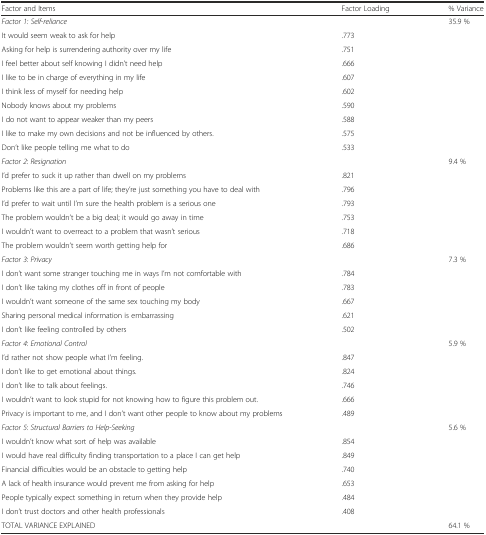
<table><thead><tr><td><b>Factor and Items</b></td><td><b>Factor Loading</b></td><td><b>% Variance</b></td></tr></thead><tbody><tr><td><i>Factor 1: Self</i>-<i>reliance</i></td><td></td><td>35.9 %</td></tr><tr><td>It would seem weak to ask for help</td><td>.773</td><td></td></tr><tr><td>Asking for help is surrendering authority over my life</td><td>.751</td><td></td></tr><tr><td>I feel better about self knowing I didn’t need help</td><td>.666</td><td></td></tr><tr><td>I like to be in charge of everything in my life</td><td>.607</td><td></td></tr><tr><td>I think less of myself for needing help</td><td>.602</td><td></td></tr><tr><td>Nobody knows about my problems</td><td>.590</td><td></td></tr><tr><td>I do not want to appear weaker than my peers</td><td>.588</td><td></td></tr><tr><td>I like to make my own decisions and not be influenced by others.</td><td>.575</td><td></td></tr><tr><td>Don’t like people telling me what to do</td><td>.533</td><td></td></tr><tr><td><i>Factor 2</i>: <i>Resignation</i></td><td></td><td>9.4 %</td></tr><tr><td>I’d prefer to suck it up rather than dwell on my problems</td><td>.821</td><td></td></tr><tr><td>Problems like this are a part of life; they’re just something you have to deal with</td><td>.796</td><td></td></tr><tr><td>I’d prefer to wait until I’m sure the health problem is a serious one</td><td>.793</td><td></td></tr><tr><td>The problem wouldn’t be a big deal; it would go away in time</td><td>.753</td><td></td></tr><tr><td>I wouldn’t want to overreact to a problem that wasn’t serious</td><td>.718</td><td></td></tr><tr><td>The problem wouldn’t seem worth getting help for</td><td>.686</td><td></td></tr><tr><td><i>Factor 3</i>: <i>Privacy</i></td><td></td><td>7.3 %</td></tr><tr><td>I don’t want some stranger touching me in ways I’m not comfortable with</td><td>.784</td><td></td></tr><tr><td>I don’t like taking my clothes off in front of people</td><td>.783</td><td></td></tr><tr><td>I wouldn’t want someone of the same sex touching my body</td><td>.667</td><td></td></tr><tr><td>Sharing personal medical information is embarrassing</td><td>.621</td><td></td></tr><tr><td>I don’t like feeling controlled by others</td><td>.502</td><td></td></tr><tr><td><i>Factor 4</i>: <i>Emotional Control</i></td><td></td><td>5.9 %</td></tr><tr><td>I’d rather not show people what I’m feeling.</td><td>.847</td><td></td></tr><tr><td>I don’t like to get emotional about things.</td><td>.824</td><td></td></tr><tr><td>I don’t like to talk about feelings.</td><td>.746</td><td></td></tr><tr><td>I wouldn’t want to look stupid for not knowing how to figure this problem out.</td><td>.666</td><td></td></tr><tr><td>Privacy is important to me, and I don’t want other people to know about my problems</td><td>.489</td><td></td></tr><tr><td><i>Factor 5</i>: <i>Structural Barriers to Help</i>-<i>Seeking</i></td><td></td><td>5.6 %</td></tr><tr><td>I wouldn’t know what sort of help was available</td><td>.854</td><td></td></tr><tr><td>I would have real difficulty finding transportation to a place I can get help</td><td>.849</td><td></td></tr><tr><td>Financial difficulties would be an obstacle to getting help</td><td>.740</td><td></td></tr><tr><td>A lack of health insurance would prevent me from asking for help</td><td>.653</td><td></td></tr><tr><td>People typically expect something in return when they provide help</td><td>.484</td><td></td></tr><tr><td>I don’t trust doctors and other health professionals</td><td>.408</td><td></td></tr><tr><td>TOTAL VARIANCE EXPLAINED</td><td></td><td>64.1 %</td></tr></tbody></table>